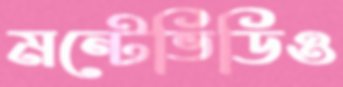
মন্টেভিডিও